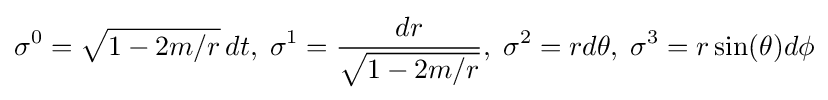
\sigma ^{0}={\sqrt {1-2m/r}}\,dt,\;\sigma ^{1}={\frac {dr}{\sqrt {1-2m/r}}},\;\sigma ^{2}=rd\theta ,\;\sigma ^{3}=r\sin(\theta )d\phi